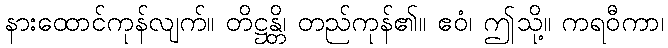
နားထောင်ကုန်လျက်။ တိဋ္ဌန္တိ၊ တည်ကုန်၏။ ဧဝံ၊ ဤသို့။ ကရဝီကာ၊